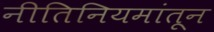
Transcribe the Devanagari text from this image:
नीतिनियमांतून